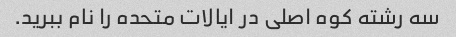
سه رشته کوه اصلی در ایالات متحده را نام ببرید.